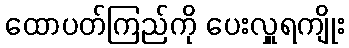
ထောပတ်ကြည်ကို ပေးလှူရကျိုး